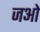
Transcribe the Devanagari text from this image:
जओ